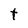
Character: t